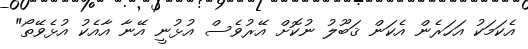
އެކަމަކު އަހަރެން އެކަން ޤަބޫލު ނުކޮށް އޭރުވެސް އުޅުނީ އޭނާ އާއެކު އުޅެވޭތޯ"